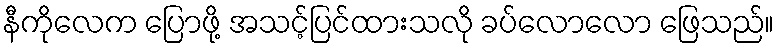
နီကိုလေက ပြောဖို့ အသင့်ပြင်ထားသလို ခပ်လောလော ဖြေသည်။